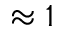
\approx 1